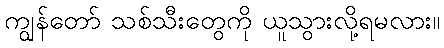
ကျွန်တော် သစ်သီးတွေကို ယူသွားလို့ရမလား။